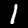
Label: 1